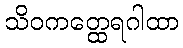
သိဝကတ္ထေရဂါထာ